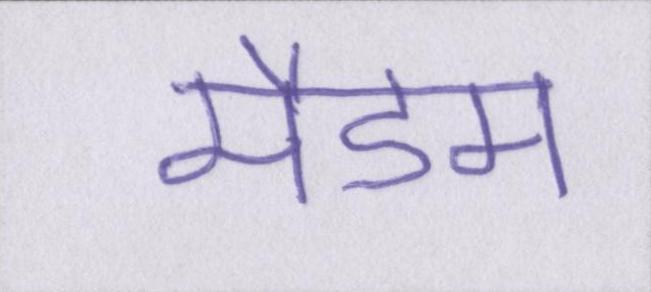
मैडम